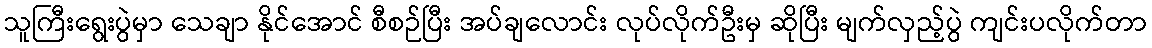
သူကြီးရွေးပွဲမှာ သေချာ နိုင်အောင် စီစဉ်ပြီး အပ်ချလောင်း လုပ်လိုက်ဦးမှ ဆိုပြီး မျက်လှည့်ပွဲ ကျင်းပလိုက်တာ